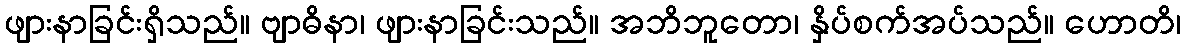
ဖျားနာခြင်းရှိသည်။ ဗျာဓိနာ၊ ဖျားနာခြင်းသည်။ အဘိဘူတော၊ နှိပ်စက်အပ်သည်။ ဟောတိ၊